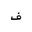
Letter: _fa